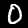
Label: 0